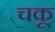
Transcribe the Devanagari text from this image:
चकू